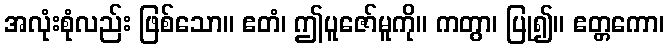
အလုံးစုံလည်း ဖြစ်သော။ ဧတံ၊ ဤပူဇော်မူကို။ ကတွာ၊ ပြု၍။ ဧတ္တကော၊